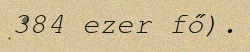
384 ezer fő).